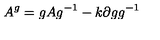
A ^ { g } = g A g ^ { - 1 } - k \partial g g ^ { - 1 }